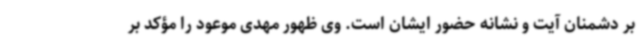
بر دشمنان آیت و نشانه حضور ایشان است. وی ظهور مهدی موعود را مؤکد بر